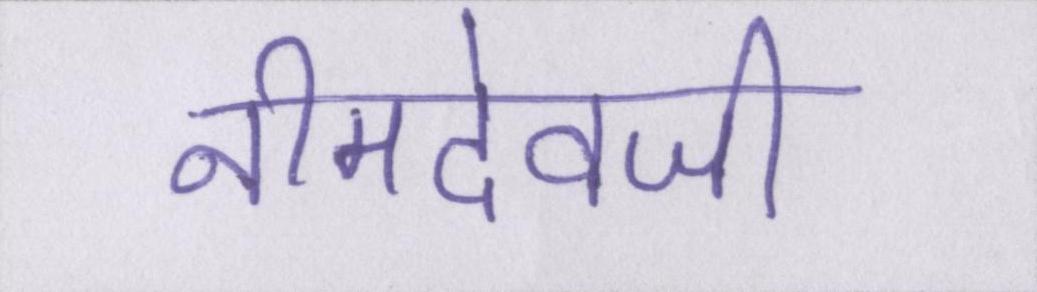
नीमदेवजी